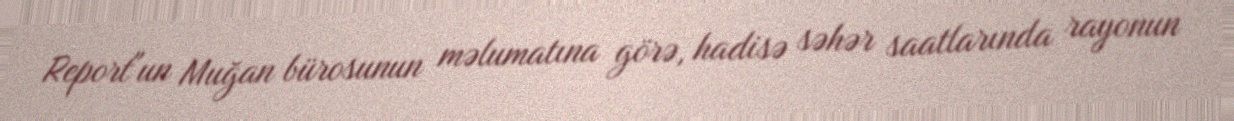
Report"un Muğan bürosunun məlumatına görə, hadisə səhər saatlarında rayonun